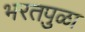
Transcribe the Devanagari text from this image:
भरतपुळा